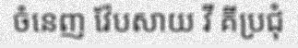
ចំនេញ វ៉ែបសាយ វី គីប្រជុំ